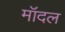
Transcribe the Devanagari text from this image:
मॉदल